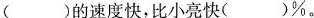
()的速度快，比小亮快()%。